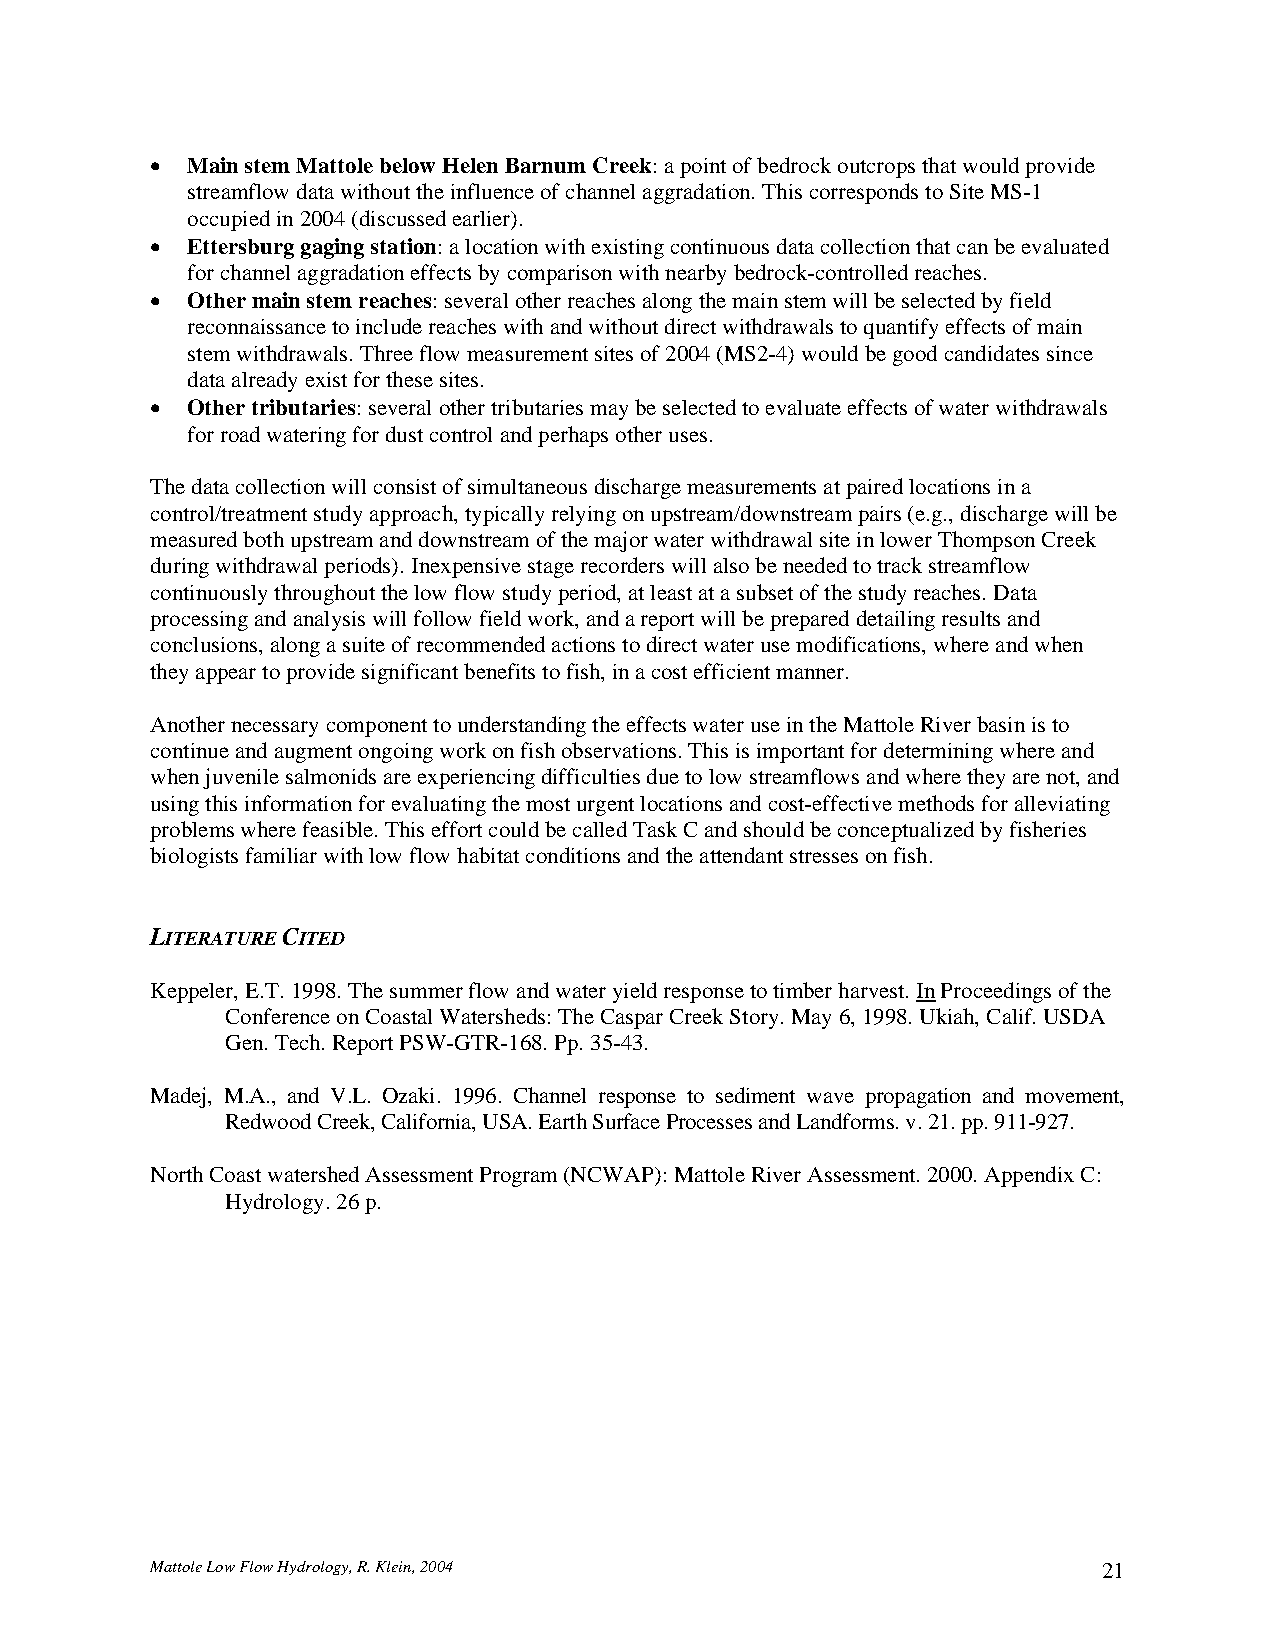
• Main stem Mattole below Helen Barnum Creek: a point of bedrock outcrops that would provide
 streamflow data without the influence of channel aggradation. This corresponds to Site MS-1
 occupied in 2004 (discussed earlier).
 • Ettersburg gaging station: a location with existing continuous data collection that can be evaluated
 for channel aggradation effects by comparison with nearby bedrock-controlled reaches.
 • Other main stem reaches: several other reaches along the main stem will be selected by field
 reconnaissance to include reaches with and without direct withdrawals to quantify effects of main
 stem withdrawals. Three flow measurement sites of 2004 (MS2-4) would be good candidates since
 data already exist for these sites.
 • Other tributaries: several other tributaries may be selected to evaluate effects of water withdrawals
 for road watering for dust control and perhaps other uses.
 The data collection will consist of simultaneous discharge measurements at paired locations in a
 control/treatment study approach, typically relying on upstream/downstream pairs (e.g., discharge will be
 measured both upstream and downstream of the major water withdrawal site in lower Thompson Creek
 during withdrawal periods). Inexpensive stage recorders will also be needed to track streamflow
 continuously throughout the low flow study period, at least at a subset of the study reaches. Data
 processing and analysis will follow field work, and a report will be prepared detailing results and
 conclusions, along a suite of recommended actions to direct water use modifications, where and when
 they appear to provide significant benefits to fish, in a cost efficient manner.
 Another necessary component to understanding the effects water use in the Mattole River basin is to
 continue and augment ongoing work on fish observations. This is important for determining where and
 when juvenile salmonids are experiencing difficulties due to low streamflows and where they are not, and
 using this information for evaluating the most urgent locations and cost-effective methods for alleviating
 problems where feasible. This effort could be called Task C and should be conceptualized by fisheries
 biologists familiar with low flow habitat conditions and the attendant stresses on fish.
 LITERATURE CITED
 Keppeler, E.T. 1998. The summer flow and water yield response to timber harvest. In Proceedings of the
 Conference on Coastal Watersheds: The Caspar Creek Story. May 6, 1998. Ukiah, Calif. USDA
 Gen. Tech. Report PSW-GTR-168. Pp. 35-43.
 Madej, M.A., and V.L. Ozaki. 1996. Channel response to sediment wave propagation and movement,
 Redwood Creek, California, USA. Earth Surface Processes and Landforms. v. 21. pp. 911-927.
 North Coast watershed Assessment Program (NCWAP): Mattole River Assessment. 2000. Appendix C:
 Hydrology. 26 p.
 Mattole Low Flow Hydrology, R. Klein, 2004                     21